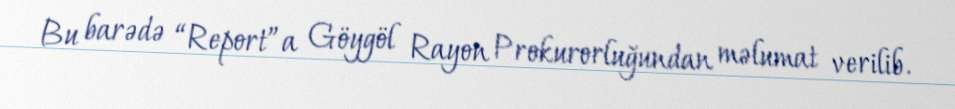
Bu barədə “Report”a Göygöl Rayon Prokurorluğundan məlumat verilib.